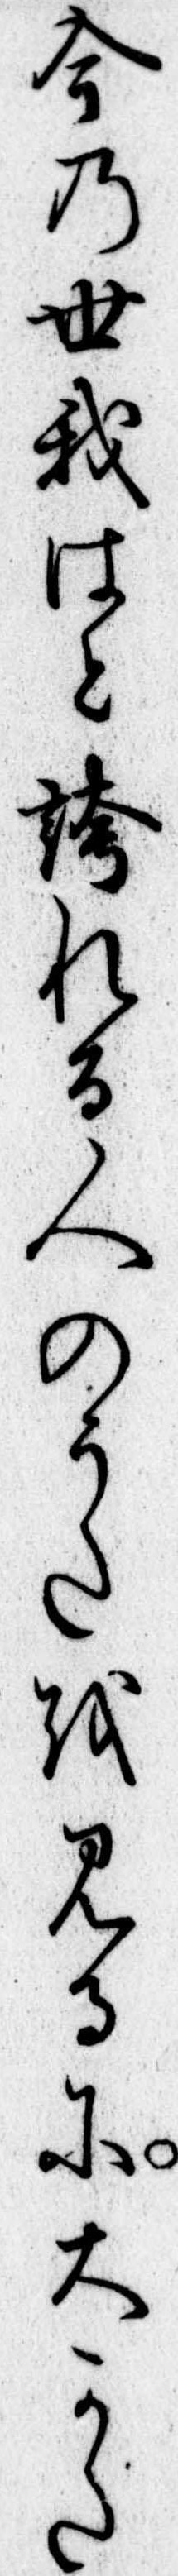
今の世我はと誇れる人のうたを見るに大かた